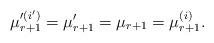
LaTeX: \begin{align*}\mu'^{(i')}_{r+1}=\mu'_{r+1}=\mu_{r+1}=\mu^{(i)}_{r+1}.\end{align*}